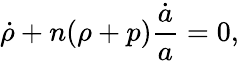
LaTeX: \dot{\rho}+n(\rho+p){\frac{\dot{a}}{a}}=0,